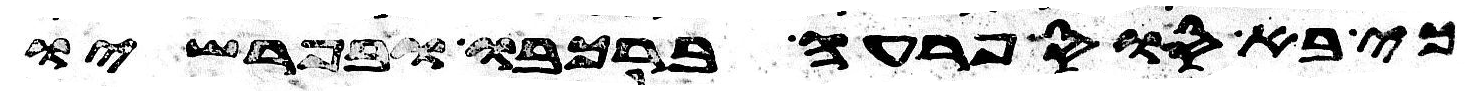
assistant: כי בא סוס פרעה ברכבו ובפרשיו